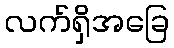
လက်ရှိအခြေ